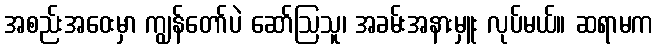
အစည်းအဝေးမှာ ကျွန်တော်ပဲ ဆော်ဩသူ၊ အခမ်းအနားမှူး လုပ်မယ်။ ဆရာမက